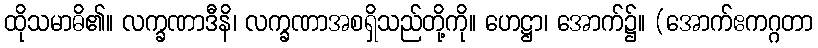
ထိုသမာဓိ၏။ လက္ခဏာဒီနိ၊ လက္ခဏာအစရှိသည်တို့ကို။ ဟေဋ္ဌာ၊ အောက်၌။ (အောက်ဧကဂ္ဂတာ